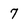
Character: 7